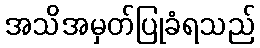
အသိအမှတ်ပြုခံရသည်